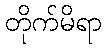
တိုက်မိရာ